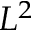
L ^ { 2 }